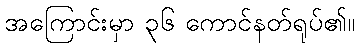
အကြောင်းမှာ ၃၆ ကောင်နတ်ရုပ်၏။